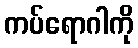
ကပ်ရောဂါကို